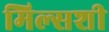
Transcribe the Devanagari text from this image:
मिल्सशी